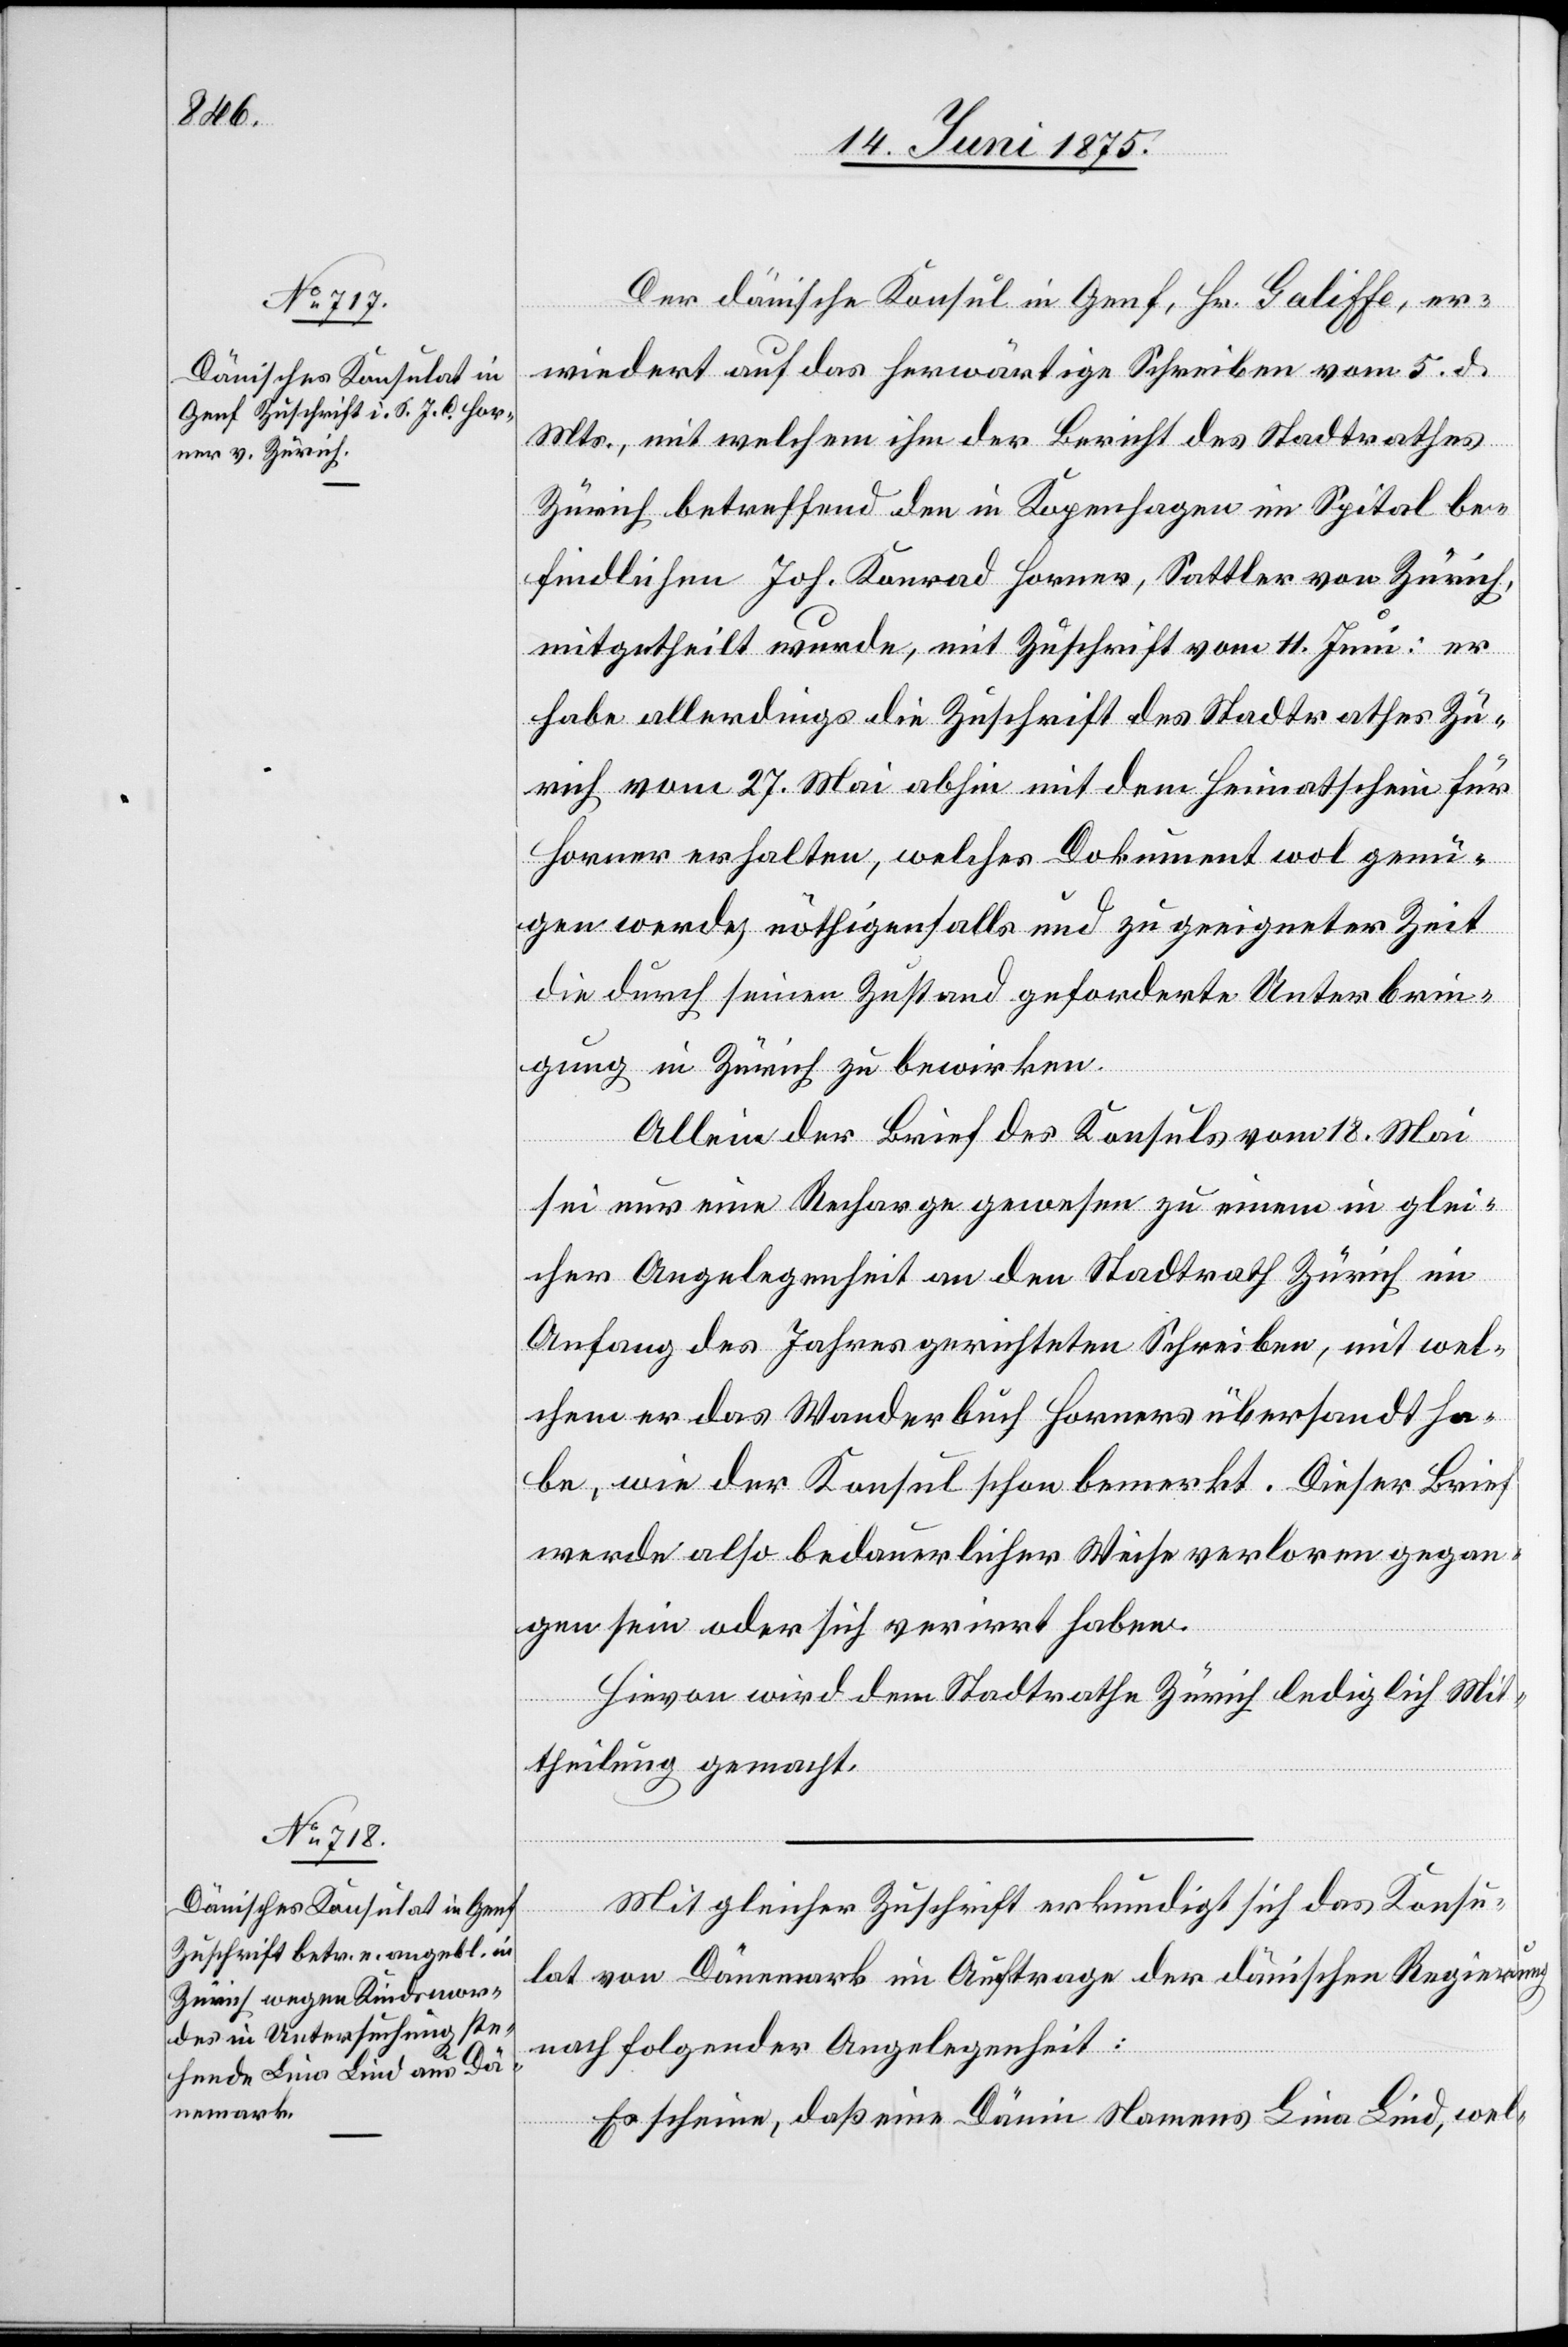
16. Juni 1875.]
Der dänische Konsul in Genf, Hr. Galiffe, er¬
wiedert auf das herwärtige Schreiben vom 5. d.
Mts., mit welchem ihm der Bericht des Stadtrathes
Zürich betreffend den in Kopenhagen im Spital be¬
findlichen Jos. Konrad Horner, Sattler von Zürich,
mitgetheilt wurde, mit Zuschrift vom 11. Juni: er
habe allerdings die Zuschrift des Stadtrathes Zü¬
rich vom 27. Mai abhin mit dem Heimatschein für
Horner erhalten, welches Dokument wol genü¬
gen werde, nöthigenfalls und zu geeigneter Zeit
die durch seinen Zustand geforderte Unterbrin¬
gung in Zürich zu bewirken.
Allein der Brief des Konsuls vom 18. Mai
sei nur eine Recharge gewesen zu einem in glei¬
cher Angelegenheit an den Stadtrath Zürich im
Anfang des Jahres gerichteten Schreiben, mit wel¬
chem er das Wanderbuch Horners übersandt ha¬
be, wie der Konsul schon bemerkt. Dieser Brief
werde also bedauerlicher Weise verloren gegan¬
gen sein oder sich verirrt haben.
Hievon wird dem Stadtrathe Zürich lediglich Mit¬
theilung gemacht.
Mit gleicher Zuschrift erkundigt sich das Konsu¬
l-Verfügungen.
lat von Dänemark im Auftrage der dänischen Regierung
nach folgender Angelegenheit:
Es erscheine, daß eine Dänin Namens Lina Lind, wel-